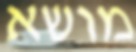
מושא